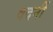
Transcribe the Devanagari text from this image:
वदनीं